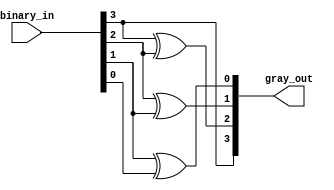
module binary_gray(binary_in, gray_out);

        input [3:0] binary_in;
        output [3:0]gray_out;
        
        buf B1(gray_out[3], binary_in[3]);
        xor X1(gray_out[2], binary_in[3], binary_in[2]);
        xor X2(gray_out[1], binary_in[2], binary_in[1]);
        xor X3(gray_out[0], binary_in[1], binary_in[0]);
endmodule